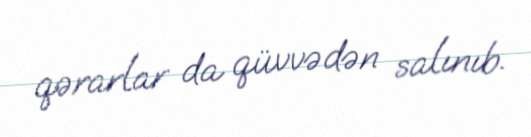
qərarlar da qüvvədən salınıb.